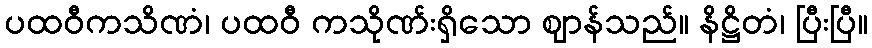
ပထဝီကသိဏံ၊ ပထဝီ ကသိုဏ်းရှိသော ဈာန်သည်။ နိဋ္ဌိတံ၊ ပြီးပြီ။